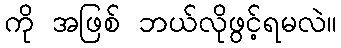
ကို အဖြစ် ဘယ်လိုဖွင့်ရမလဲ။